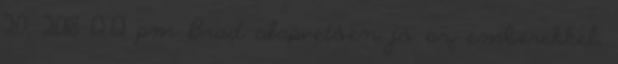
20, 2018 12:12 pm Brad alapvetően jó az emberekkel,